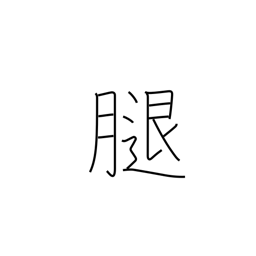
Meaning: femur